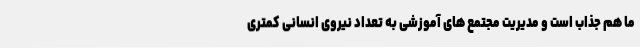
ما هم جذاب است و مدیریت مجتمع های آموزشی به تعداد نیروی انسانی کمتری